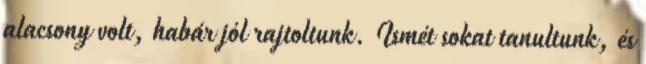
alacsony volt, habár jól rajtoltunk. Ismét sokat tanultunk, és